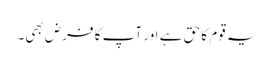
یہ قوم کا حق ہے اور آپ کا فرض بھی۔